Summary of further report on surra
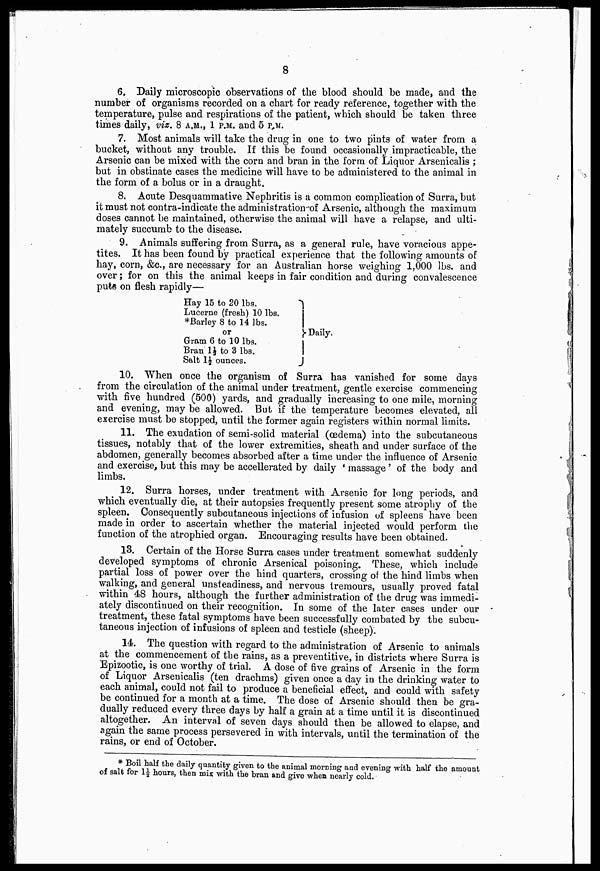
8
6. Daily microscopic observations of the blood should be made, and the
number of organisms recorded on a chart for ready reference, together with the
temperature, pulse and respirations of the patient, which should be taken three
times daily, viz. 8 A.M., 1 P.M. and 5 P.M.
7. Most animals will take the drug in one to two pints of water from a
bucket, without any trouble. If this be found occasionally impracticable, the
Arsenic can be mixed with the corn and bran in the form of Liquor Arsenicalis ;
but in obstinate cases the medicine will have to be administered to the animal in
the form of a bolus or in a draught.
8. Acute Desquammative Nephritis is a common complication of Surra, but
it must not contra-indicate the administration-of Arsenic, although the maximum
doses cannot be maintained, otherwise the animal will have a relapse, and ulti-
mately succumb to the disease.
9. Animals suffering from Surra, as a general rule, have voracious appe-
tites. It has been found by practical experience that the following amounts of
hay, corn, &c, are necessary for an Australian horse weighing 1,000 lbs. and
over; for on this the animal keeps in fair condition and during convalescence
puts on flesh rapidly—
Hay 15 to 20 lbs.
Lucerne (fresh) 10 lbs.
*Barley 8 to 14 lbs.
or
}
Daily.
Gram 6 to 10 lbs.
Bran 1½ to 3 lbs.
Salt 1½ ounces.
10. When once the organism of Surra has vanished for some days
from the circulation of the animal under treatment, gentle exercise commencing
with five hundred (500) yards, and gradually increasing to one mile, morning
and evening, may be allowed. But if the temperature becomes elevated, all
exercise must be stopped, until the former again registers within normal limits.
11. The exudation of semi-solid material (œdema) into the subcutaneous
tissues, notably that of the lower extremities, sheath and under surface of the
abdomen, generally becomes absorbed after a time under the influence of Arsenic
and exercise, but this may be accellerated by daily ' massage' of the body and
limbs.
12. Surra horses, under treatment with Arsenic for long periods, and
which eventually die, at their autopsies frequently present some atrophy of the
spleen. Consequently subcutaneous injections of infusion of spleens have been
made in order to ascertain whether the material injected would perform the
function of the atrophied organ. Encouraging results have been obtained.
13. Certain of the Horse Surra cases under treatment somewhat suddenly
developed symptoms of chronic Arsenical poisoning. These, which include
partial loss of power over the hind quarters, crossing of the hind limbs when
walking, and general unsteadiness, and nervous tremours, usually proved fatal
within 48 hours, although the further administration of the drug was immedi-
ately discontinued on their recognition. In some of the later cases under our
treatment, these fatal symptoms have been successfully combated by the subcu-
taneous injection of infusions of spleen and testicle (sheep).
14. The question with regard to the administration of Arsenic to animals
at the commencement of the rains, as a preventitive, in districts where Surra is
Epizootic, is one worthy of trial. A dose of five grains of Arsenic in the form
of Liquor Arsenicalis (ten drachms) given once a day in the drinking water to
each animal, could not fail to produce a beneficial effect, and could with safety
be continued for a month at a time. The dose of Arsenic should then be gra-
dually reduced every three days by half a grain at a time until it is discontinued
altogether. An interval of seven days should then be allowed to elapse, and
again the same process persevered in with intervals, until the termination of the
rains, or end of October.
* Boil half the daily quantity given to the animal morning and evening with half the amount
of salt for 1½ hours, then mix with the bran and give when nearly cold.